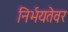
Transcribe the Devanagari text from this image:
निर्भयतेवर